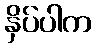
နှိပ်ပါက